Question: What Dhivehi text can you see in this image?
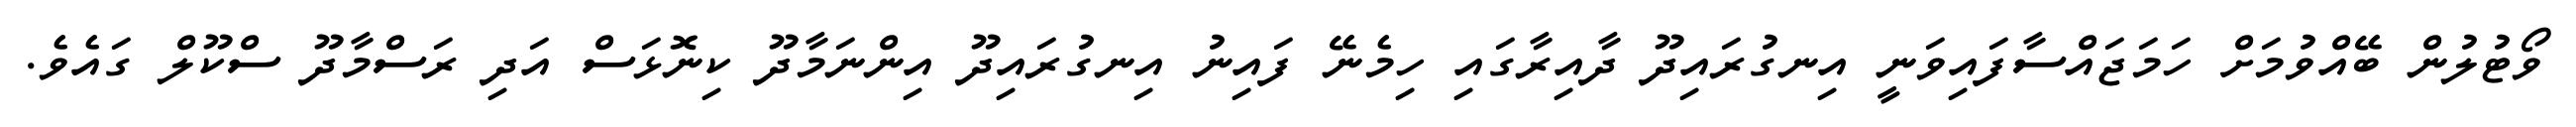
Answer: ވޯޓުލުން ބޭއްވުމަށް ހަމަޖައްސާފައިވަނީ އިނގުރައިދޫ ދާއިރާގައި ހިމެނޭ ފައިނު އިނގުރައިދޫ އިންނަމާދޫ ކިނޮޅަސް އަދި ރަސްމާދޫ ސްކޫލް ގައެވެ.